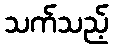
သက်သည့်